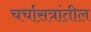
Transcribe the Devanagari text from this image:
चर्चासत्रांतील